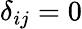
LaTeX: \delta_{ij}=0